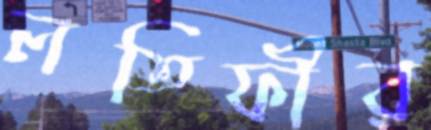
লতিফীর